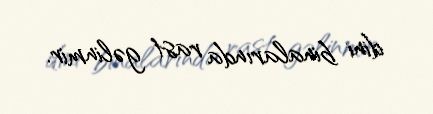
dini binalarında rast gəlinmir.